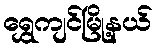
ရွှေကျင်မြို့နယ်